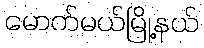
မောက်မယ်မြို့နယ်